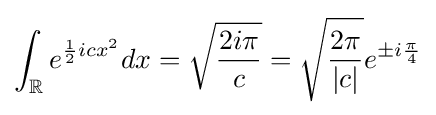
\int _{\mathbb {R} }e^{{\frac {1}{2}}icx^{2}}dx={\sqrt {\frac {2i\pi }{c}}}={\sqrt {\frac {2\pi }{|c|}}}e^{\pm i{\frac {\pi }{4}}}